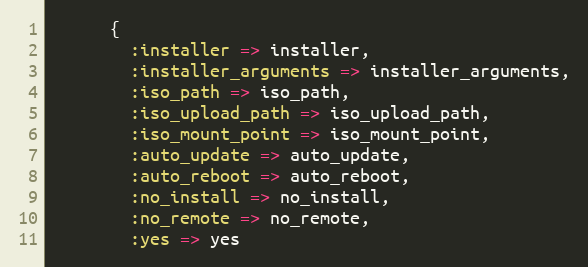
Language: Ruby
      {
        :installer => installer,
        :installer_arguments => installer_arguments,
        :iso_path => iso_path,
        :iso_upload_path => iso_upload_path,
        :iso_mount_point => iso_mount_point,
        :auto_update => auto_update,
        :auto_reboot => auto_reboot,
        :no_install => no_install,
        :no_remote => no_remote,
        :yes => yes